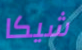
شيكا